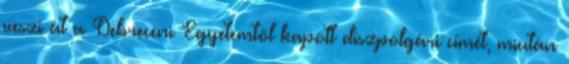
veszi át a Debreceni Egyetemtől kapott díszpolgári címét, miután